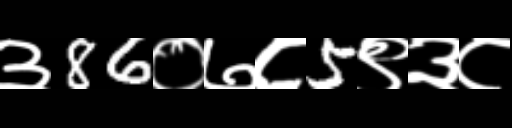
Text: ३86०७८5९३८